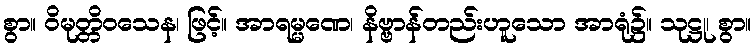
စွာ။ ဝိမုတ္တိဝသေန၊ ဖြင့်။ အာရမ္မဏေ၊ နိဗ္ဗာန်တည်းဟူသော အာရုံ၌။ သုဋ္ဌု၊ စွာ။